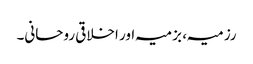
رزمیہ، بزمیہ اور اخلاقی روحانی۔